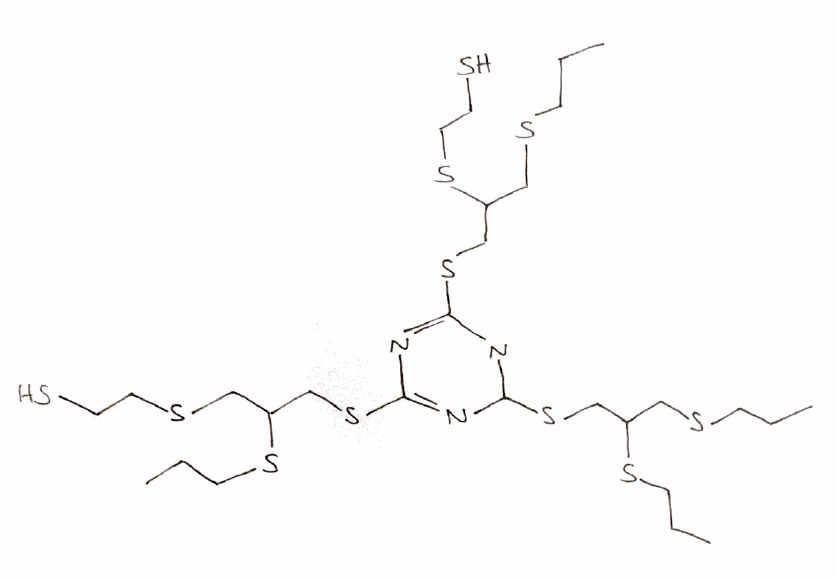
Simplified molecular-input line-entry system (SMILES) notation of the given molecule:
CCCSCC(CSC1=NC(=NC(=N1)SCC(CSCCS)SCCC)SCC(CSCCC)SCCS)SCCC